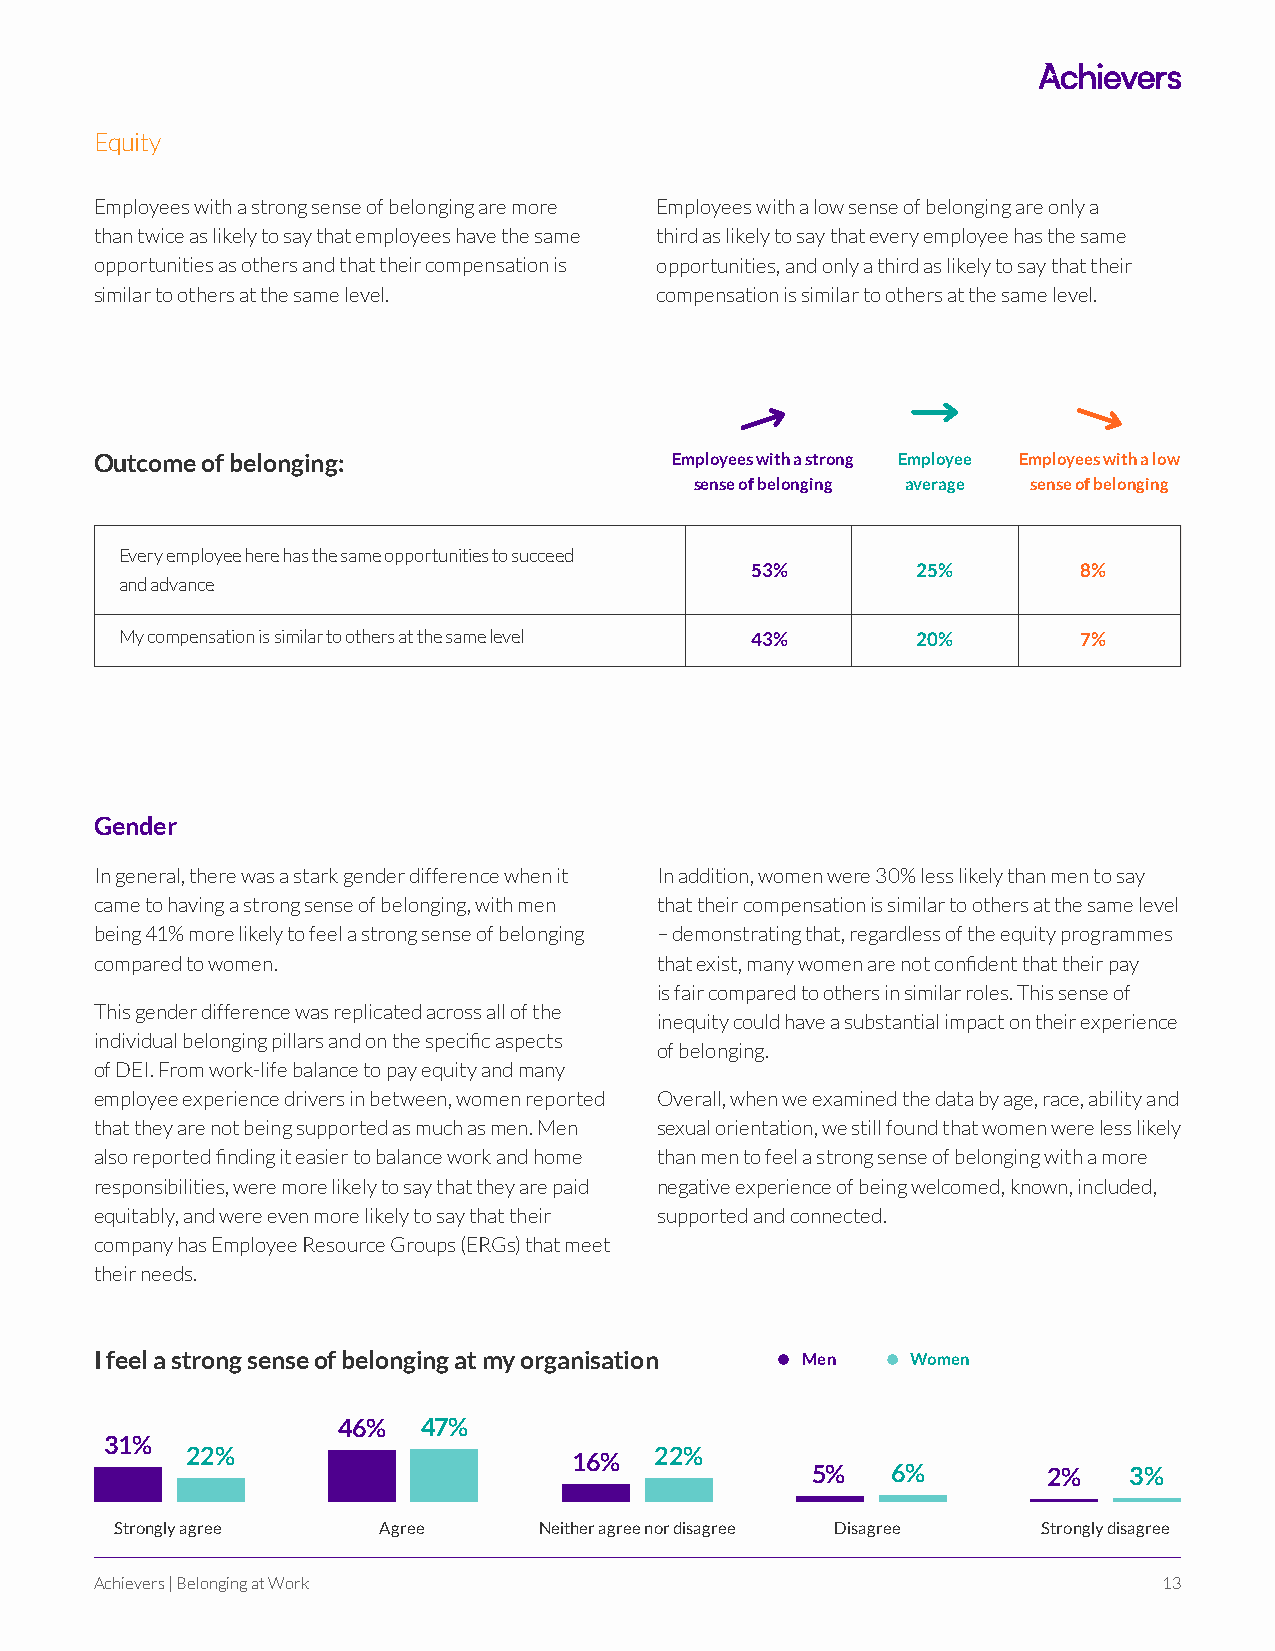
Equity
 Employees with a strong sense of belonging are more Employees with a low sense of belonging are only a
 than twice as likely to say that employees have the same third as likely to say that every employee has the same
 opportunities as others and that their compensation is opportunities, and only a third as likely to say that their
 similar to others at the same level. compensation is similar to others at the same level.
 Outcome of belonging:                 Employees with a strong Employee Employees with a low
 sense of belonging average sense of belonging
 Every employee here has the same opportunities to succeed
 53%        25%        8%
 and advance
 My compensation is similar to others at the same level 43% 20%  7%
 Gender
 In general, there was a stark gender difference when it In addition, women were 30% less likely than men to say
 came to having a strong sense of belonging, with men that their compensation is similar to others at the same level
 being 41% more likely to feel a strong sense of belonging – demonstrating that, regardless of the equity programmes
 compared to women.                   that exist, many women are not confident that their pay
 is fair compared to others in similar roles. This sense of
 This gender difference was replicated across all of the
 inequity could have a substantial impact on their experience
 individual belonging pillars and on the specific aspects
 of belonging.
 of DEI. From work-life balance to pay equity and many
 employee experience drivers in between, women reported Overall, when we examined the data by age, race, ability and
 that they are not being supported as much as men. Men sexual orientation, we still found that women were less likely
 also reported finding it easier to balance work and home than men to feel a strong sense of belonging with a more
 responsibilities, were more likely to say that they are paid negative experience of being welcomed, known, included,
 equitably, and were even more likely to say that their supported and connected.
 company has Employee Resource Groups (ERGs) that meet
 their needs.
 I feel a strong sense of belonging at my organisation Men Women
 46%   47%
 31%
 22%                       16%  22%
 5%   6%        2%    3%
 Strongly agree   Agree      Neither agree nor disagree Disagree Strongly disagree
 Achievers | Belonging at Work                                          13